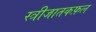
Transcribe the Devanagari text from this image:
स्त्रीजातकफ़ल